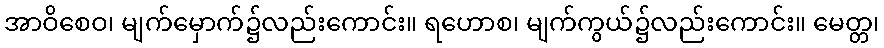
အာဝိစေဝ၊ မျက်မှောက်၌လည်းကောင်း။ ရဟောစ၊ မျက်ကွယ်၌လည်းကောင်း။ မေတ္တ၊